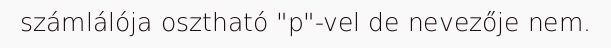
számlálója osztható "p"-vel de nevezője nem.